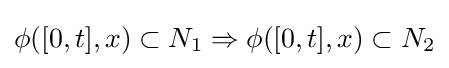
\phi ([0,t],x)\subset N_{1}\Rightarrow \phi ([0,t],x)\subset N_{2}